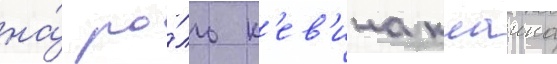
на́ ро́ль к'ев'ина клаина